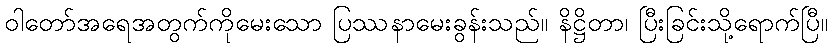
ဝါတော်အရေအတွက်ကိုမေးသော ပြဿနာမေးခွန်းသည်။ နိဋ္ဌိတာ၊ ပြီးခြင်းသို့ရောက်ပြီ။